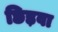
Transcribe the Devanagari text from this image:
छिड़वा